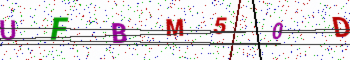
Text: UFBM50D